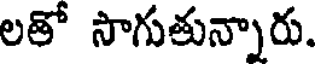
లతో సాగుతున్నారు.